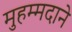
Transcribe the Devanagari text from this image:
मुहम्मदाने